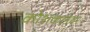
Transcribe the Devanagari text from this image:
कोशकलेवर